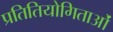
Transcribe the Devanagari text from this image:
प्रतितियोगिताओं